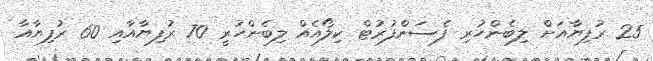
25 ރުފިޔާއަށް ލިބެންހުރި ފެސަންފުރުޓް ކިލޯއެއް ލިބެންހުރީ 70 ރުފިޔާއާއި 60 ރުފިޔާއާ